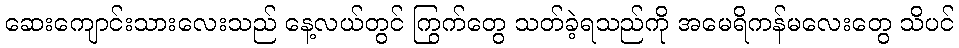
ဆေးကျောင်းသားလေးသည် နေ့လယ်တွင် ကြွက်တွေ သတ်ခဲ့ရသည်ကို အမေရိကန်မလေးတွေ သိပင်